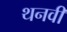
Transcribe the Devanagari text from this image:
थनवी